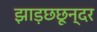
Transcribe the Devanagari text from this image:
झाड़छछून्दर